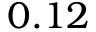
0 . 1 2